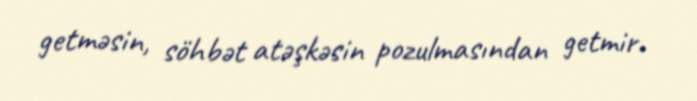
getməsin, söhbət atəşkəsin pozulmasından getmir.